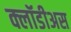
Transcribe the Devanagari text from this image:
क्लॉडीअस